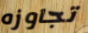
تجاوزه